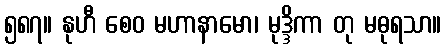
၅၈၇။ နုဟီ စေဝ မဟာနာမော၊ မုဒ္ဒိကာ တု မဓုရသာ။